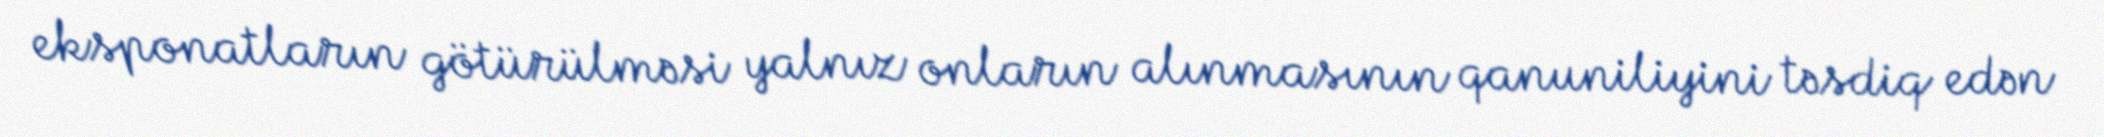
eksponatların götürülməsi yalnız onların alınmasının qanuniliyini təsdiq edən